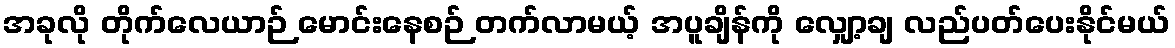
အခုလို တိုက်လေယာဉ် မောင်းနေစဉ် တက်လာမယ့် အပူချိန်ကို လျှော့ချ လည်ပတ်ပေးနိုင်မယ်